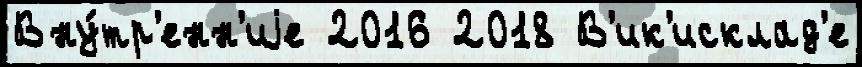
Вну́тр'енн'иjе 2016 2018 В'ик'исклад'е